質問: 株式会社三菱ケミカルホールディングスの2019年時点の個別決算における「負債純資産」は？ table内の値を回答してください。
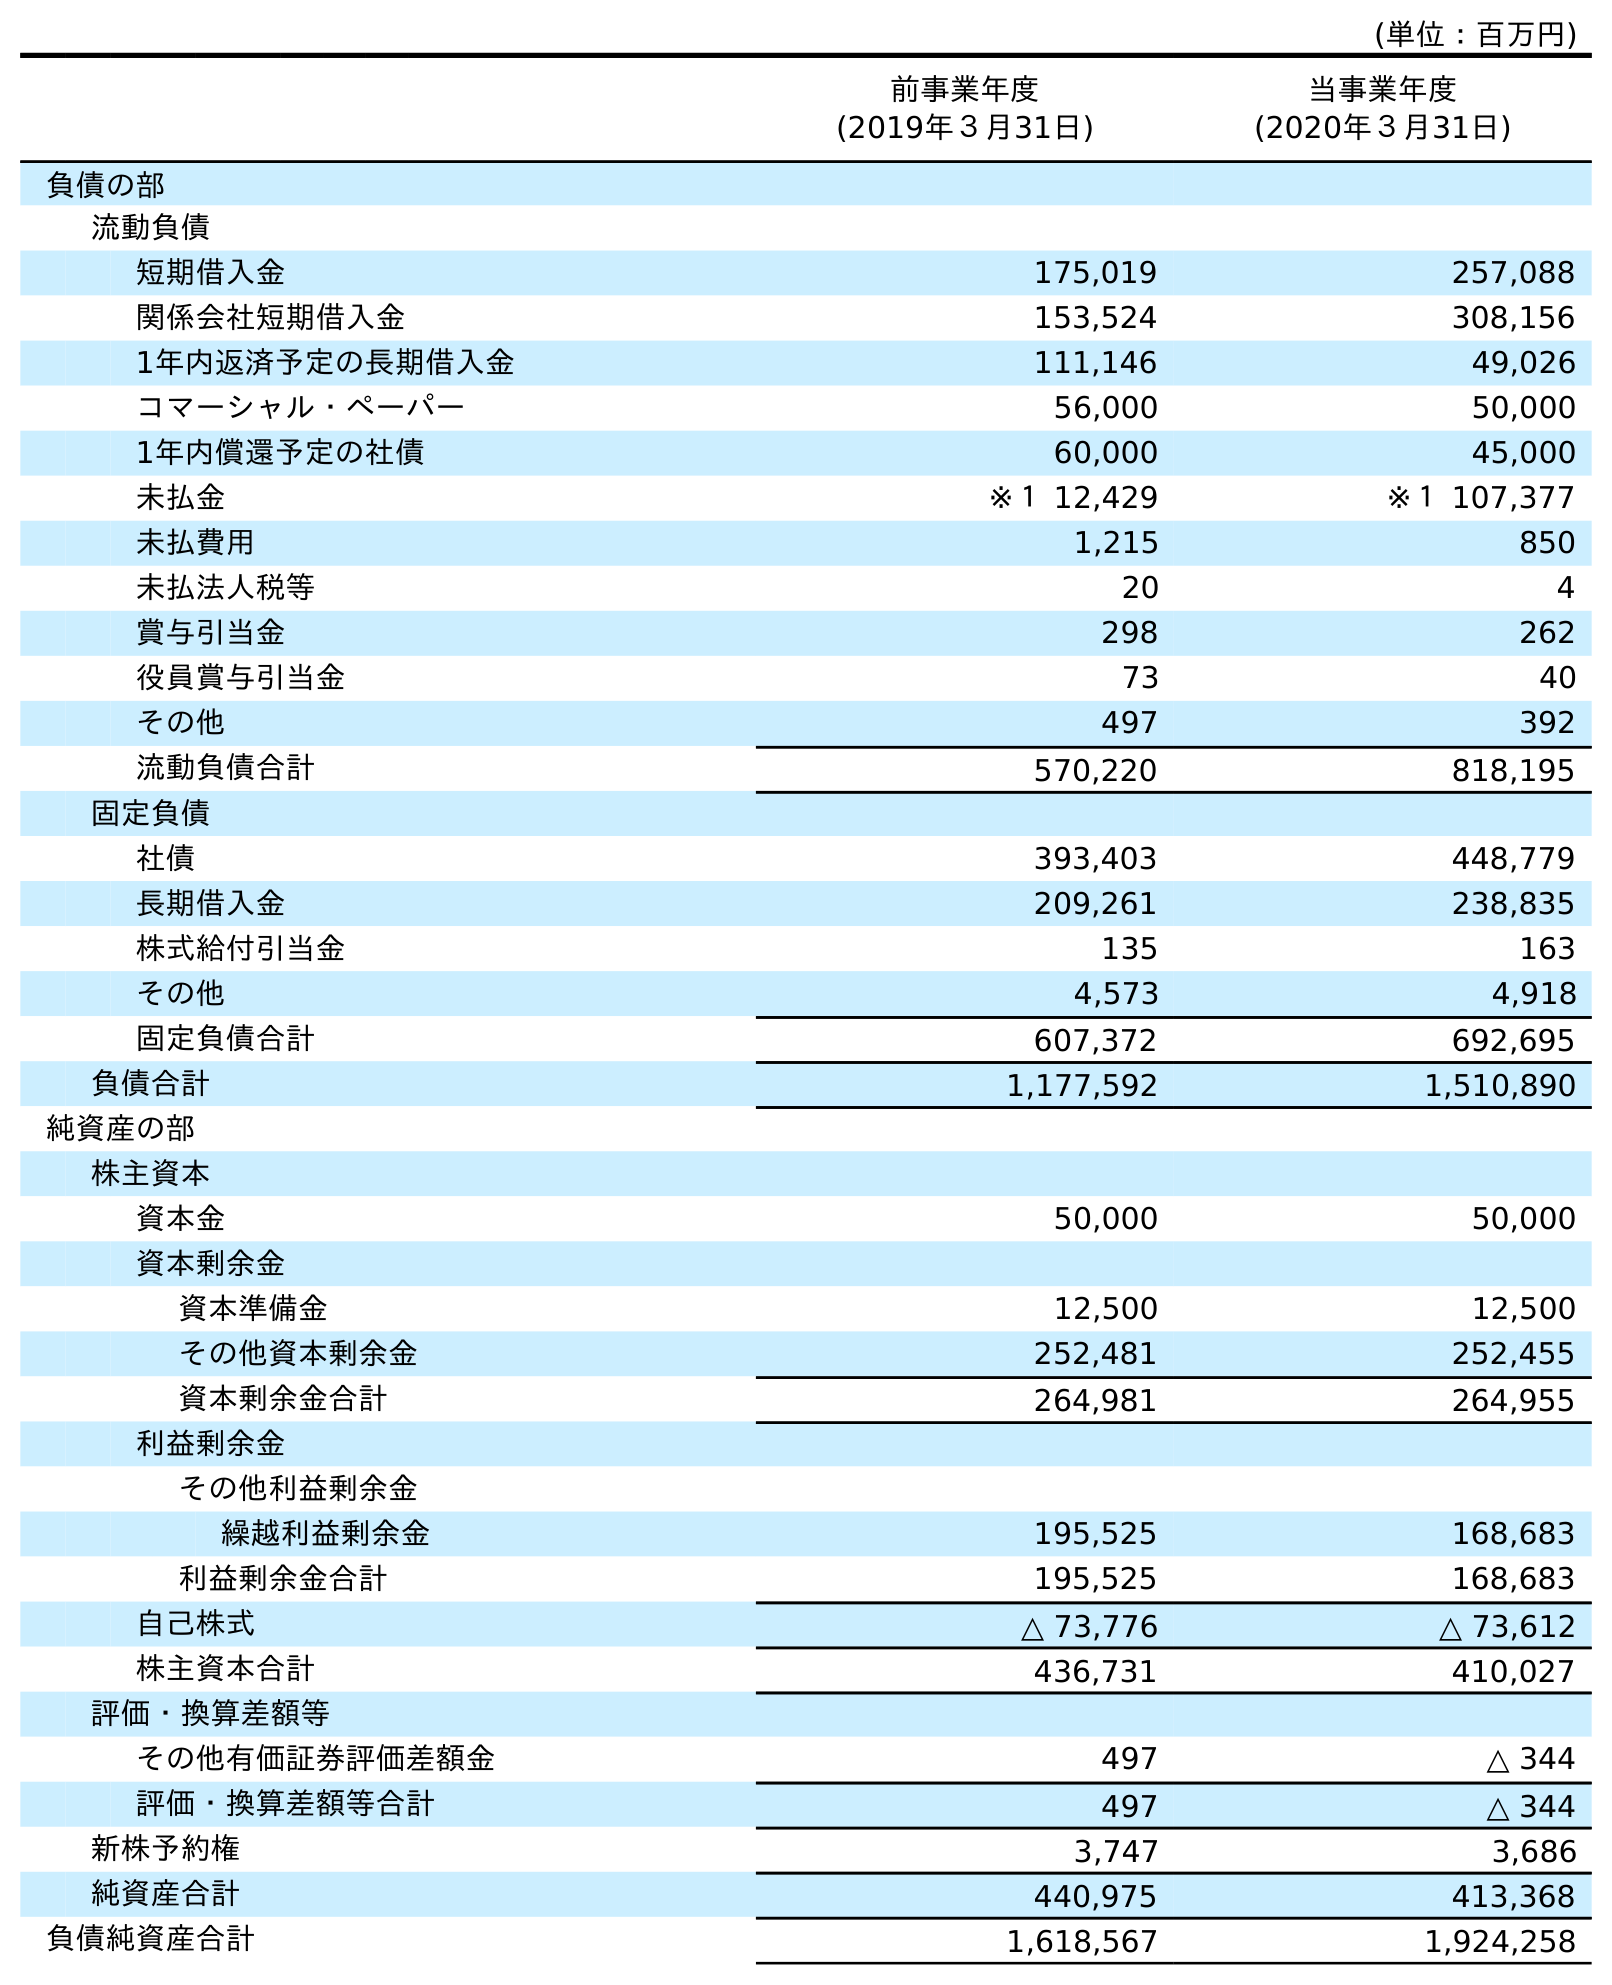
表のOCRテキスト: (単位：百万円) 前事業年度 (2019年３月31日) 当事業年度 (2020年３月31日) 負債の部 流動負債 短期借入金 175,019 257,088 関係会社短期借入金 153,524 308,156 1年内返済予定の長期借入金 111,146 49,026 コマーシャル・ペーパー 56,000 50,000 1年内償還予定の社債 60,000 45,000 未払金 ※１ 12,429 ※１ 107,377 未払費用 1,215 850 未払法人税等 20 4 賞与引当金 298 262 役員賞与引当金 73 40 その他 497 392 流動負債合計 570,220 818,195 固定負債 社債 393,403 448,779 長期借入金 209,261 238,835 株式給付引当金 135 163 その他 4,573 4,918 固定負債合計 607,372 692,695 負債合計 1,177,592 1,510,890 純資産の部 株主資本 資本金 50,000 50,000 資本剰余金 資本準備金 12,500 12,500 その他資本剰余金 252,481 252,455 資本剰余金合計 264,981 264,955 利益剰余金 その他利益剰余金 繰越利益剰余金 195,525 168,683 利益剰余金合計 195,525 168,683 自己株式 △ 73,776 △ 73,612 株主資本合計 436,731 410,027 評価・換算差額等 その他有価証券評価差額金 497 △ 344 評価・換算差額等合計 497 △ 344 新株予約権 3,747 3,686 純資産合計 440,975 413,368 負債純資産合計 1,618,567 1,924,258
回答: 1,618,567